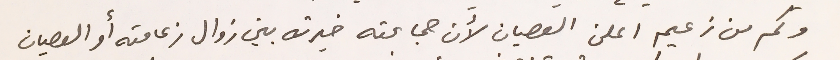
وكم من زعيم اعلن العصيان لأن جماعته خيرته بين زوال زعامته أو العصيان